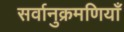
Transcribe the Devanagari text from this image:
सर्वानुक्रमणियाँ